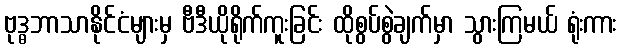
ဗုဒ္ဓဘာသာနိုင်ငံများမှ ဗီဒီယိုရိုက်ကူးခြင်း ထိုစွပ်စွဲချက်မှာ သွားကြမယ် ရုံးကား